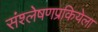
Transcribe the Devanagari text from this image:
संश्लेषणप्रकियेला